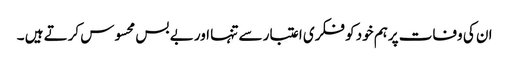
ان کی وفات پرہم خود کو فکری اعتبار سے تنہا اور بے بس محسوس کرتے ہیں ۔